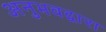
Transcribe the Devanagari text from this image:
अनुभवद्वारा